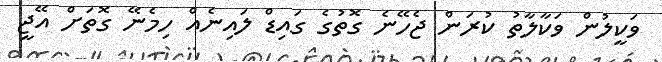
ވަކީލުން ވަކާލާތު ކުރަން ޖެހޭނެ ގޮތުގެ ގައިޑް ލައިނެއް ހިމެނޭ ގޮތަށް އޭޖީ